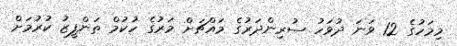
މިމަހުގެ 12 ވަނަ ދުވަހު ސުރިންދަރުގެ މައްޗަށް މަރުގެ ހުކުމް ތަންފީޒު ކުރުމަށް